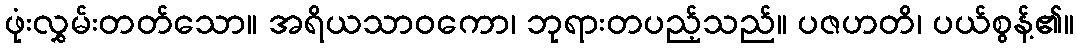
ဖုံးလွှမ်းတတ်သော။ အရိယသာဝကော၊ ဘုရားတပည့်သည်။ ပဇဟတိ၊ ပယ်စွန့်၏။